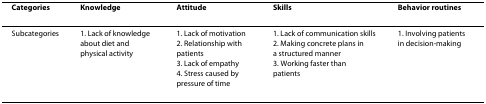
| Categories | Knowledge | Attitude | Skills | Behavior routines |
 | --- | --- | --- | --- | --- |
 | Subcategories | 1. Lack of knowledge about diet and physical activity | 1. Lack of motivation2. Relationship with patients3. Lack of empathy4. Stress caused by pressure of time | 1. Lack of communication skills2. Making concrete plans in a structured manner3. Working faster than patients | 1. Involving patients in decision-making |